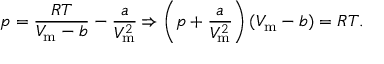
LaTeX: p = { \frac { R T } { V _ { \mathrm { m } } - b } } - { \frac { a } { V _ { \mathrm { m } } ^ { 2 } } } \Rightarrow \left( p + { \frac { a } { V _ { \mathrm { m } } ^ { 2 } } } \right) ( V _ { \mathrm { m } } - b ) = R T .